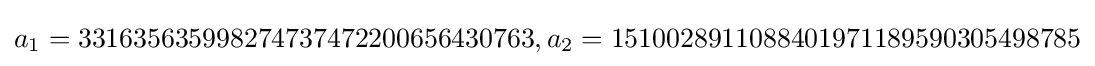
a_{1}=331635635998274737472200656430763,a_{2}=1510028911088401971189590305498785